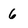
Character: 6